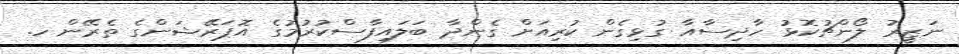
ނަޒީރު ލޯންޗުކޮޅު ހާދިސާއާ ގުޅިގެން ކުރިއަށް ގެންދާ ބަލައިފާސްކުރުމުގެ އޮޕަރޭޝަންގެ ތެރޭން ހ.